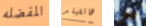
المفضله هاتفيلد اليوم